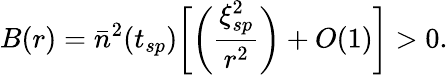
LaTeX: B(r)={\bar{n}}^{2}(t_{sp})\biggl[\biggl(\frac{\xi_{sp}^{2}}{r^{2}}\biggr)+O(1)\biggr]>0.